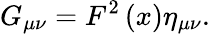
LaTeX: G_{\mu\nu}=F^{2}\left(x\right)\eta_{\mu\nu}.